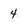
Character: 4